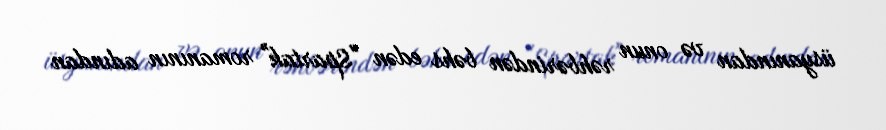
üsyanından və onun rəhbərindən bəhs edən "Spartak" romanının adından